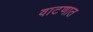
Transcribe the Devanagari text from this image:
वाटणात